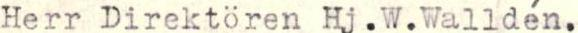
Herr Direktören Hj.W.Walldén.